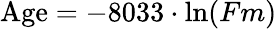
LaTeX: {\mathrm{Age}}=-8033\cdot\ln(Fm)